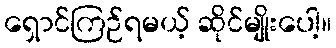
ရှောင်ကြဉ်ရမယ့် ဆိုင်မျိုးပေါ့။